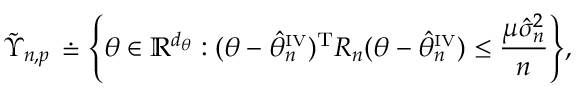
{ \tilde { \Upsilon } } _ { n , p } \, \doteq \left\{ \theta \in \mathbb { R } ^ { d _ { \theta } } : ( \theta - \hat { \theta } _ { n } ^ { \scriptscriptstyle \mathrm { I V } } ) ^ { \mathrm { T } } R _ { n } ( \theta - \hat { \theta } _ { n } ^ { \scriptscriptstyle \mathrm { I V } } ) \leq \frac { \mu \hat { \sigma } _ { n } ^ { 2 } } { n } \right\} \! , \!